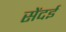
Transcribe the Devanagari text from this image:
सेंदई